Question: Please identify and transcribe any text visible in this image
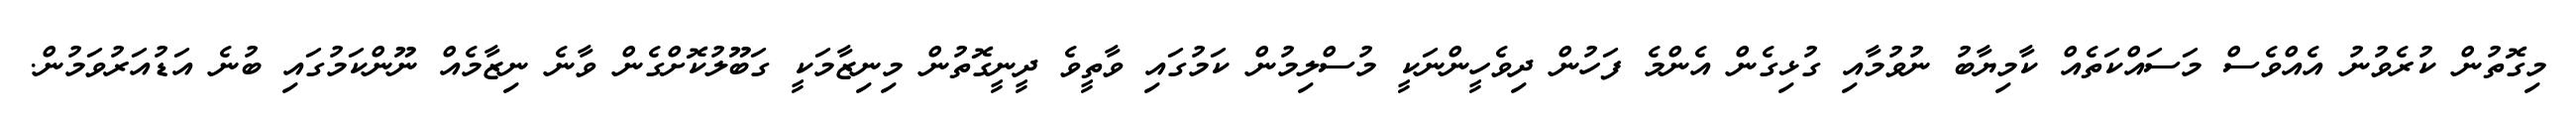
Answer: މިގޮތުން ކުރެވުނު އެއްވެސް މަސައްކަތެއް ކާމިޔާބު ނުވުމާއި ގުޅިގެން އެންމެ ފަހުން ދިވެހީންނަކީ މުސްލިމުން ކަމުގައި ވާތީވެ ދީނީގޮތުން މިނިޒާމަކީ ގަބޫލުކޮށްގެން ވާނެ ނިޒާމެއް ނޫންކަމުގައި ބުނެ އަޑުއަރުވަމުން.